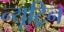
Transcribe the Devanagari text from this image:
न्यूट्रिन